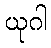
ယုဂါ